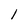
Character: l